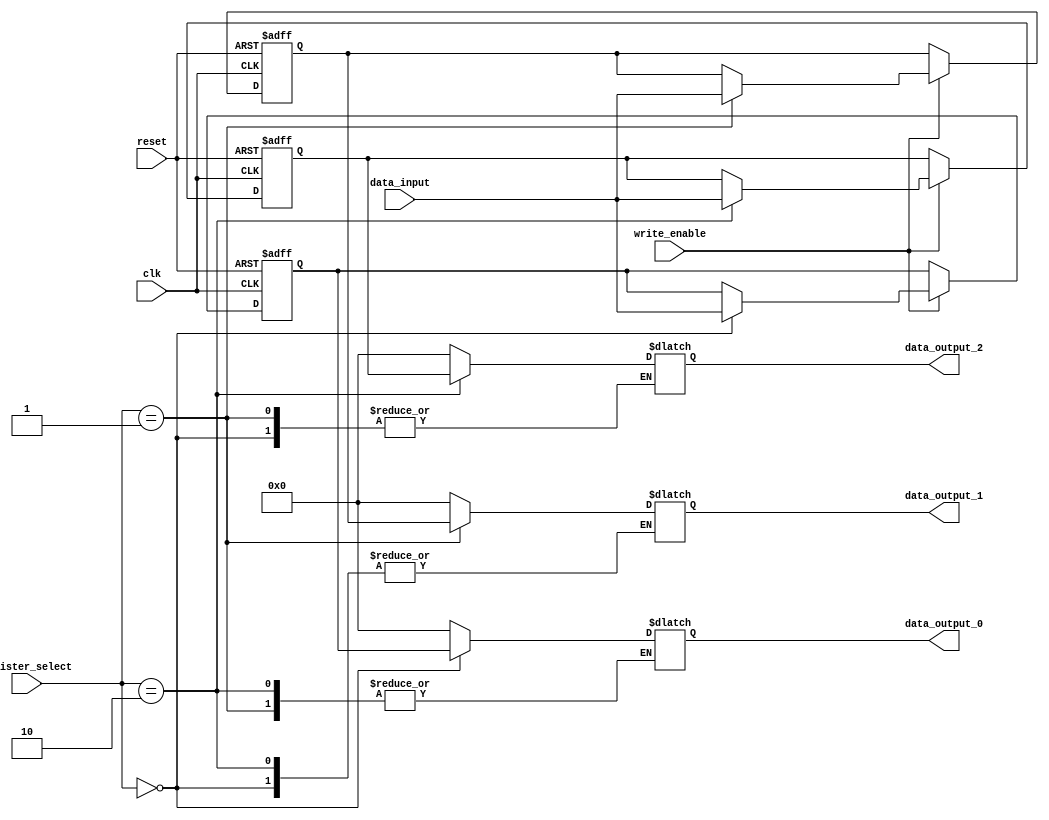
module register_file(
    input wire clk,
    input wire reset,
    input wire write_enable,
    input wire [2:0] register_select,
    input wire [31:0] data_input,
    output reg [31:0] data_output_0,
    output reg [31:0] data_output_1,
    output reg [31:0] data_output_2
);

reg [31:0] register_0;
reg [31:0] register_1;
reg [31:0] register_2;

always @(posedge clk or posedge reset) begin
    if (reset) begin
        register_0 <= 32'd0;
        register_1 <= 32'd0;
        register_2 <= 32'd0;
    end else begin
        if (write_enable) begin
            case(register_select)
                3'd0: register_0 <= data_input;
                3'd1: register_1 <= data_input;
                3'd2: register_2 <= data_input;
            endcase
        end
    end
end

always @(*) begin
    case(register_select)
        3'd0: data_output_0 = register_0;
        3'd1: data_output_1 = register_1;
        3'd2: data_output_2 = register_2;
        default: begin
            data_output_0 = 32'd0;
            data_output_1 = 32'd0;
            data_output_2 = 32'd0;
        end
    endcase
end

endmodule